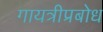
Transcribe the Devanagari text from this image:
गायत्रीप्रबोध